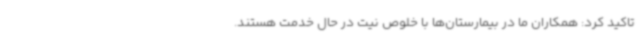
تاکید کرد: همکاران ما در بیمارستان‌ها با خلوص نیت در حال خدمت هستند.